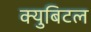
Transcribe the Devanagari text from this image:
क्युबिटल